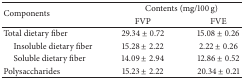
<table><thead><tr><td rowspan="2"><b>Components</b></td><td colspan="2"><b>Contents (mg/100 g)</b></td></tr><tr><td><b>FVP</b></td><td><b>FVE</b></td></tr></thead><tbody><tr><td>Total dietary fiber </td><td>29.34 ± 0.72</td><td>15.08 ± 0.26</td></tr><tr><td> Insoluble dietary fiber</td><td>15.28 ± 2.22</td><td> 2.22 ± 0.26</td></tr><tr><td> Soluble dietary fiber</td><td>14.09 ± 2.94</td><td>12.86 ± 0.52</td></tr><tr><td>Polysaccharides</td><td>15.23 ± 2.22</td><td>20.34 ± 0.21</td></tr></tbody></table>